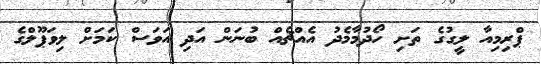
ޕްރިމިއާ ލީގުގެ ތަށި ހޯދުމާމެދު އެއްޗެއް ބުނަން އަދި އަވަސް ކަމަށް ލިވަޕޫލްގެ